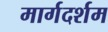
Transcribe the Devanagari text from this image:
मार्गदर्शम